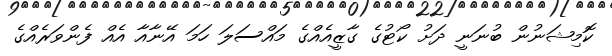
ކޮމިޝަނުން ބުނަނީ ދަށު ކޯޓުގެ ގާޒީއެއްގެ މައްސަލަ ހަމަ އޭނާއާ އެއް ފެންވަރެއްގެ